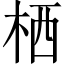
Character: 栖